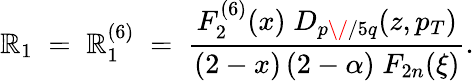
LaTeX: \mathbb{R}_{1}\; =\; \mathbb{R}_{1}^{(6)}\; =\; {\frac{{F_{2}^{(6)}(x)\; D_{p\/ /5q}(z,p_{T})}}{{(2-x)\, (2-\alpha)\; F_{2n}(\xi)}}}.